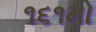
૧૬૧મો